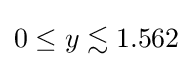
0\leq y\lesssim 1.562